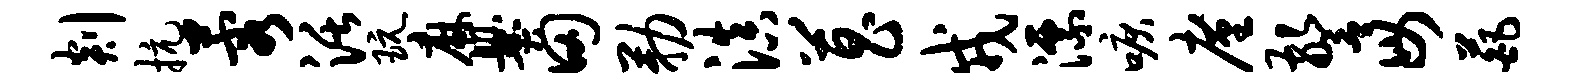
剡抗蓉活玩麻爨田勒滇菖戎漂唳廑警毋葩